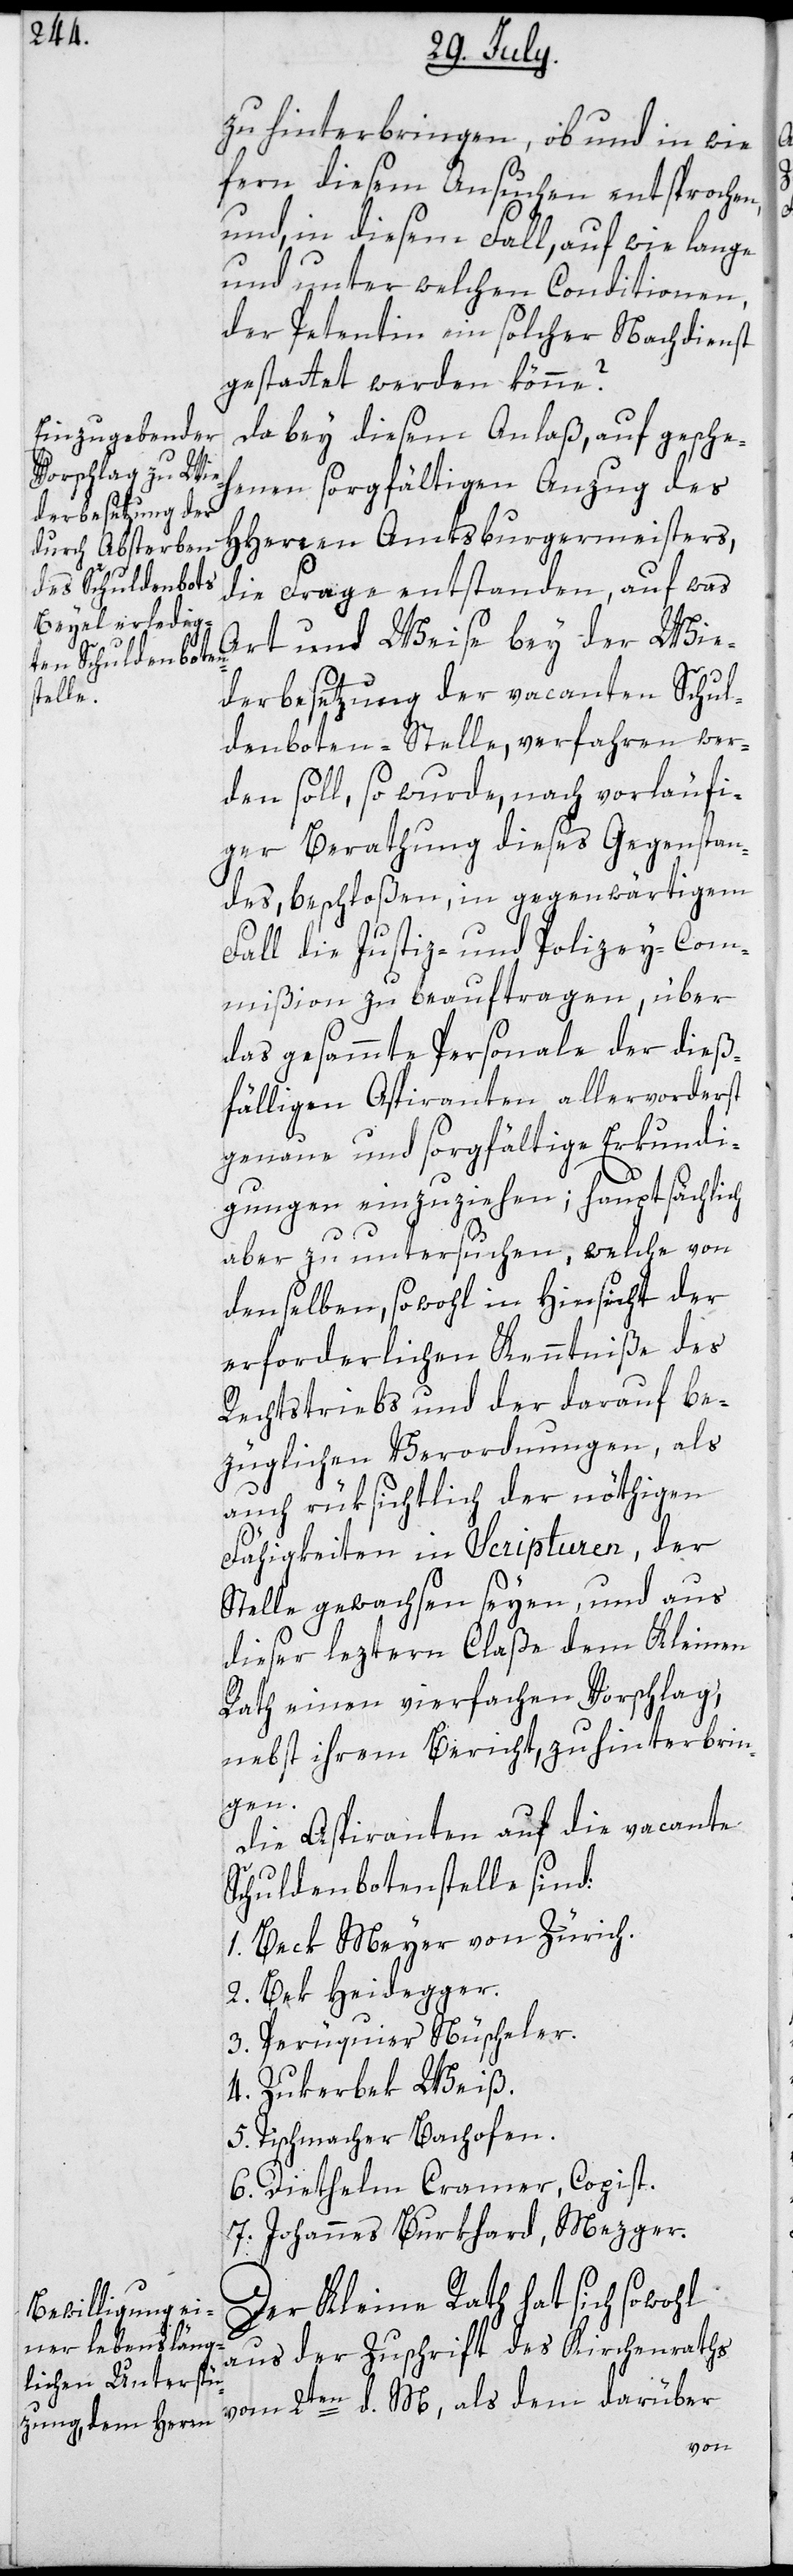
zu hinterbringen, ob und in wie¬
fern diesem Ansuchen entsprochen
und, in diesem Fall, auf wie lange
und unter welchen Conditionen
der Petentin ein solcher Nachdienst
gestattet werden könne?
Da bey diesem Anlaß, auf gesche¬
henen sorgfältigen Anzug des
HHerren Amtsburgermeisters,
die Frage entstanden, auf was
Art und Weise bey der Wie¬
derbesetzung der vacanten Schul¬
denboten-Stelle, verfahren wer¬
den soll, so wurde nach, vorläufi¬
ger Berathung dieses Gegenstan¬
des beschloßen, in gegenwärtigem
Fall die Justiz- und Polizey-Com¬
mißion zu beauftragen, über
das gesammte Personale der dieß¬
fälligen Aspiranten allervorderst
genaue und sorgfältige Erkundi¬
gungen einzuziehen; hauptsächlich
aber zu untersuchen, welche von
denselben sowohl in Hinsicht der
erforderlichen Kenntniße des
Rechtstriebs und der darauf be¬
züglichen Verordnungen, als
auch rüksichtlich der nöthigen
Fähigkeiten in Scripturen, der
Stelle gewachsen seyen, und aus
dieser leztern Claße dem Kleinen
Rath einen vierfachen Vorschlag,
nebst ihrem Bericht, zu hinterbrin¬
gen .
Die Aspiranten auf die vacante
Schuldenbotenstelle sind:
1. Beck Meyer von Zürich.
2. Bek Heidegger.
3. Perüquier Nüscheler.
4. Zukerbek Weiß.
5. Tischmacher Bachofen.
6. Diethelm Cramer, Copist.
7. Johannes Burkhard, Mezger.
Der Kleine Rath hat sich sowohl
aus der Zuschrift des Kirchenraths
vom 2ten d. M, als dem darüber